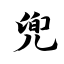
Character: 兜